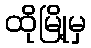
ထိုမြို့မှ